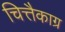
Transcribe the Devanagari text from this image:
चित्तैकाग्र